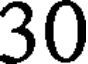
30